Plague in India, 1896, 1897 - Volume 2
Year: 1896
Disease focus: Plague
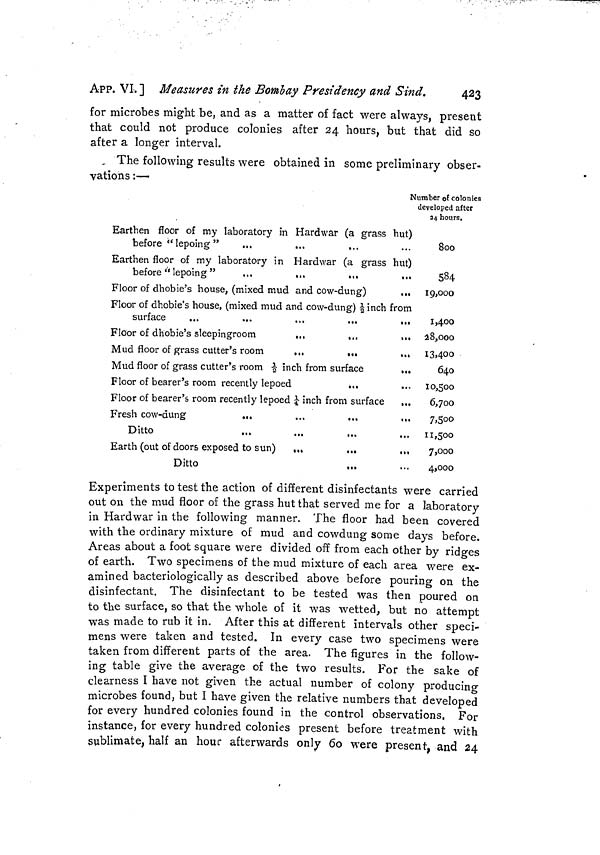
423
APP. VI. ] Measures in the Bombay Presidency and Sind.
for microbes might be, and as a matter of fact were always, present
that could not produce colonies after 24 hours, but that did so
after a longer interval.
, The following results were obtained in some preliminary obser-
vations :—
Number of colonies
developed after
24 hours.
Earthen floor of my laboratory in Hardwar (a grass hut)
before " lepoing "
...
...
...
Earthen floor of my laboratory in Hardwar (a grass hut)
before " lepoing "
...
...
...
,,.
Floor of dhobie's house, (mixed mud and cow-dung)
...
Floor of dhobie's house, (mixed mud and cow-dung) -1/2 inch from
surface
...
...
...
...
,,.
Floor of dhobie's sleepingroom
...
,,,
.,,
Mud floor of grass cutter's room
...
...
...
Mud floor of grass cutter's room 1/2 inch from surface
...
Floor of bearer's room recently lepoed
...
...
Floor of bearer's room recently lepoed 1/4 inch from surface
...
Fresh cow-dung
...
...
...
...
Ditto
Earth (out of doors exposed to sun)
...
...
...
Ditto
\...
...
800
584
19,000
1,400
28,000
13,400
640
10,500
6,700
7.500
11,500
7,000
4,000
Experiments to test the action of different disinfectants were carried
out on the mud floor of the grass hut that served me for a laboratory
in Hardwar in the following manner. The floor had been covered
with the ordinary mixture of mud and cowdung some days before.
Areas about a foot square were divided off from each other by ridges
of earth. Two specimens of the mud mixture of each area were ex-
amined bacteriologically as described above before pouring on the
disinfectant. The disinfectant to be tested was then poured on
to the surface, so that the whole of it was wetted, but no attempt
was made to rub it in. After this at different intervals other speci-
mens were taken and tested. In every case two specimens were
taken from different parts of the area. The figures in the follow-
ing table give the average of the two results. For the sake of
clearness I have not given the actual number of colony producing
microbes found, but I have given the relative numbers that developed
for every hundred colonies found in the control observations. For
instance, for every hundred colonies present before treatment with
sublimate, half an hour afterwards only 60 were present, and 24